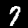
Label: 7